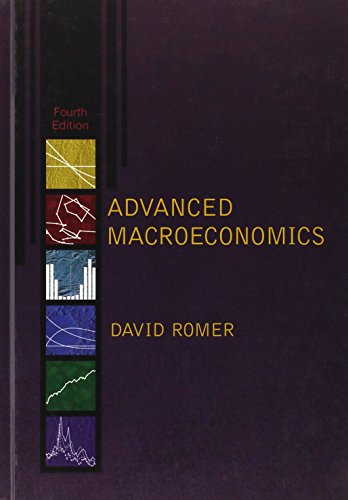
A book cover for Advanced Macroeconomics (McGraw-Hill Series Economics); David Romer; Business & Money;